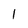
Character: 1